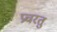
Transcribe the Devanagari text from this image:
प्रचरतु